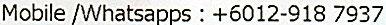
MOBILE /WHATSAPPS : +6012-918 7937